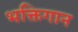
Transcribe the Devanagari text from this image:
भक्तिगान